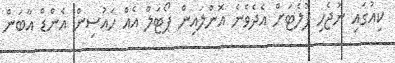
ކިއުގައި ނުޖެހި ފުލެޓަށް އެދެވެނެ އޮންލައިން ޕޯޓަލް އެއް ހައުސިން އެންޑް އާބަން